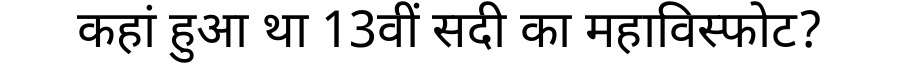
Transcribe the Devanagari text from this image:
कहां हुआ था 13वीं सदी का महाविस्फोट?